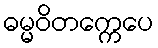
ဓမ္မဝိတက္ကေပေ